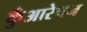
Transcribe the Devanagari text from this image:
कुँआरेपन